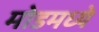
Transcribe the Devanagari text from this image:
मोडमध्ये